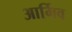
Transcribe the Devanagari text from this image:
आर्गिव